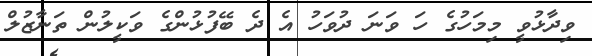
ވިދާޅުވީ މިމަހުގެ ހަ ވަނަ ދުވަހު އެ ދެ ބޭފުޅުންގެ ވަކީލުން ތަނާޒުލް